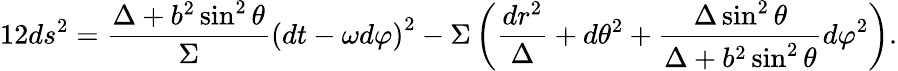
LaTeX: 12ds^{2}=\frac{\Delta+b^{2}\sin^{2}\theta}{\Sigma}\left(dt-\omega d\varphi\right)^{2}-\Sigma\left(\frac{dr^{2}}{\Delta}+d\theta^{2}+\frac{\Delta\sin^{2}\theta}{\Delta+b^{2}\sin^{2}\theta}d\varphi^{2}\right).